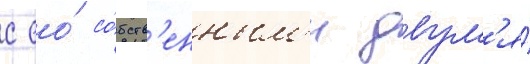
с ео́ со́бств'енным'и двум'я́